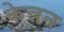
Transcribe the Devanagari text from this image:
केन्नन